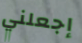
إجعلني